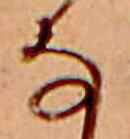
な